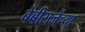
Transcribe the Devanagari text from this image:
बेबीराजेंच्या